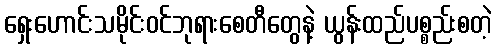
ရှေးဟောင်းသမိုင်းဝင်ဘုရားစေတီတွေနဲ့ ယွန်းထည်ပစ္စည်းစတဲ့